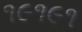
૧૯૧૯૧